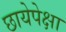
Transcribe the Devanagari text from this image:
छायेपेक्षा